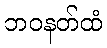
ဘဝနတ်ထံ